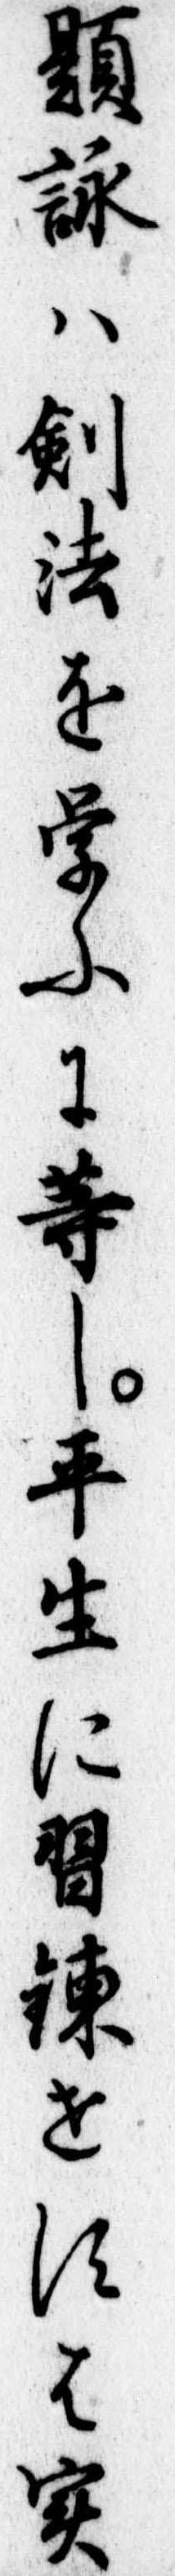
題詠は剣法を学ふに等し平生に習錬せすは実